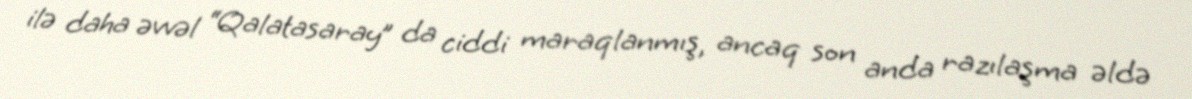
ilə daha əvvəl “Qalatasaray” da ciddi maraqlanmış, ancaq son anda razılaşma əldə